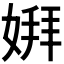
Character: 𫱋